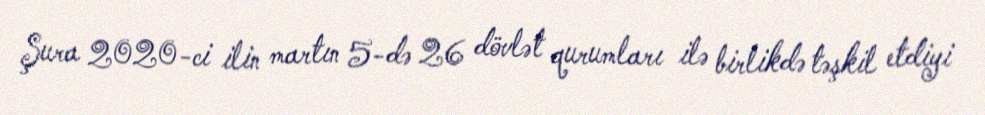
Şura 2020-ci ilin martın 5-də 26 dövlət qurumları ilə birlikdə təşkil etdiyi